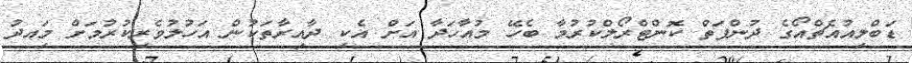
ޑަބްލިއުއެޗްއޯގެ ދުންފަތް ކޮންޓްރޯލްކުރުމާ ބެހޭ މުއާހަދާ އަށް އެކި ދާއިރާތަކުން އަހުލުވެރިކުރުމަށް މިައދު